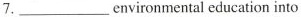
7___.environmental education into